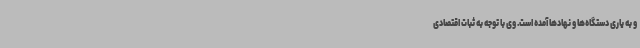
و به یاری دستگاه‌ها و نهادها آمده است. وی با توجه به ثبات اقتصادی